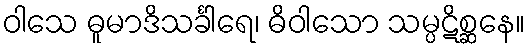
ဝါသေ ဓူမာဒိသင်္ခါရေ၊ ဓိဝါသော သမ္ပဋိစ္ဆနေ။